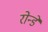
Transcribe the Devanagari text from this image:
रोन्डे